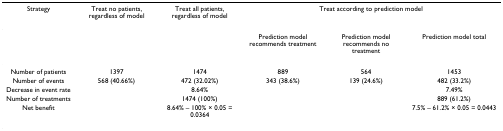
| Strategy | Treat no patients, regardless of model | Treat all patients, regardless of model | <COLSPAN=3> Treat according to prediction model |
 | --- | --- | --- | --- | --- | --- |
 |  |  |  | Prediction model recommends treatment | Prediction model recommends no treatment | Prediction model total |
 | Number of patients | 1397 | 1474 | 889 | 564 | 1453 |
 | Number of events | 568 (40.66%) | 472 (32.02%) | 343 (38.6%) | 139 (24.6%) | 482 (33.2%) |
 | Decrease in event rate |  | 8.64% |  |  | 7.49% |
 | Number of treatments |  | 1474 (100%) |  |  | 889 (61.2%) |
 | Net benefit |  | 8.64% – 100% × 0.05 = 0.0364 |  |  | 7.5% – 61.2% × 0.05 = 0.0443 |